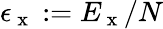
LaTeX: \epsilon_{\mathrm{~x~}}:=E_{\mathrm{~x~}}/N